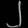
Digit: ၂